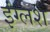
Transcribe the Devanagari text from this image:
इंग्लश